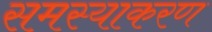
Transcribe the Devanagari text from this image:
समस्याकरण